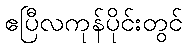
ဧပြီလကုန်ပိုင်းတွင်